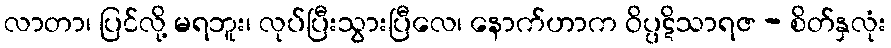
လာတာ၊ ပြင်လို့ မရဘူး၊ လုပ်ပြီးသွားပြီလေ၊ နောက်ဟာက ဝိပ္ပဋိသာရဇ - စိတ်နှလုံး